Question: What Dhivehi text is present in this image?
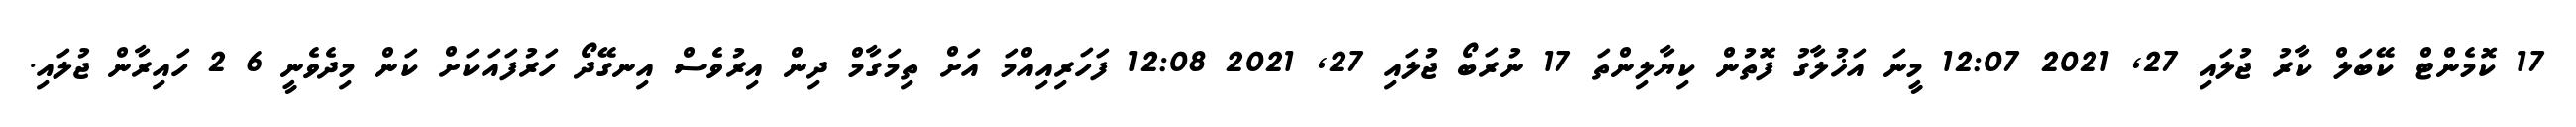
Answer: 17 ކޮމެންޓް ކޭބަލް ކާރު ޖުލައި 27, 2021 12:07 މީނަ އަޚުލާގު ފޮތުން ކިޔާލިންތަ 17 ނުރަބޯ ޖުލައި 27, 2021 12:08 ފަހަރިއިއްމަ އަށް ތިމަގާމް ދިން އިރުވެސް އިނގޭދޯ ހަރުފައަކަށް ކަން މިދެވެނީ 6 2 ހައިރާން ޖުލައި.